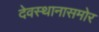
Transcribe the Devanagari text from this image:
देवस्थानासमोर